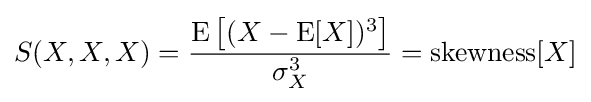
S(X,X,X)={\frac {\operatorname {E} \left[(X-\operatorname {E} [X])^{3}\right]}{\sigma _{X}^{3}}}={\operatorname {skewness} [X]}